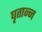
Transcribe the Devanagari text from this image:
घृतान्न